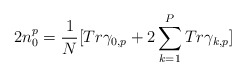
\begin{align*}2n_0^p= \frac{1}N[ Tr\gamma _{0,p} + 2\sum_{k=1}^{ P} Tr\gamma _{k,p}]\end{align*}